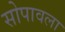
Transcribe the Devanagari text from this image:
सोपावला